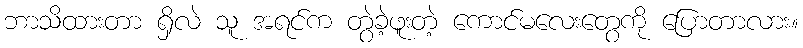
ဘာသိထားတာ ရှိလဲ သူ အရင်က တွဲခဲ့ဖူးတဲ့ ကောင်မလေးတွေကို ပြောတာလား။